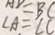
\angle A = \angle C